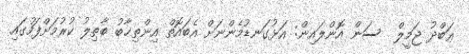
ޢަބްދު ޖަމީލް  ސަން އޮންލައިން: އަޅުގަނޑުމެންނަށް އެބައޮތް އިންތިޚާބު ބާޠިލު ކުރުމަށްފަހުގައި